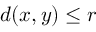
d ( x , y ) \leq r